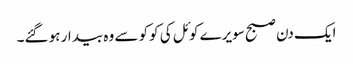
ایک دن صبح سویرے کوئل کی کوکو سے وہ بیدار ہو گئے۔